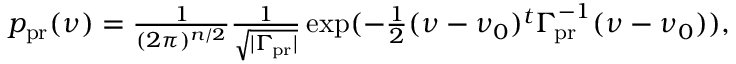
\begin{array} { r } { \begin{array} { l } { p _ { \mathrm { p r } } ( \ensuremath { \boldsymbol \nu } ) = { \frac { 1 } { ( 2 \pi ) ^ { n / 2 } } } { \frac { 1 } { \sqrt { | \ensuremath { \boldsymbol \Gamma _ { \! \mathrm { { p r } } } } | } } } \exp ( - { \frac { 1 } { 2 } } ( \ensuremath { \boldsymbol \nu } - \ensuremath { \boldsymbol \nu } _ { 0 } ) ^ { t } \ensuremath { \boldsymbol \Gamma _ { \! \mathrm { { p r } } } } ^ { - 1 } ( \ensuremath { \boldsymbol \nu } - \ensuremath { \boldsymbol \nu } _ { 0 } ) ) , } \end{array} } \end{array}